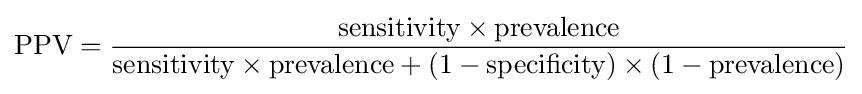
{\text{PPV}}={\frac {{\text{sensitivity}}\times {\text{prevalence}}}{{\text{sensitivity}}\times {\text{prevalence}}+(1-{\text{specificity}})\times (1-{\text{prevalence}})}}